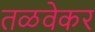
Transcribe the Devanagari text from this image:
तळवेकर